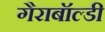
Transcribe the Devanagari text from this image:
गैराबॉल्डी